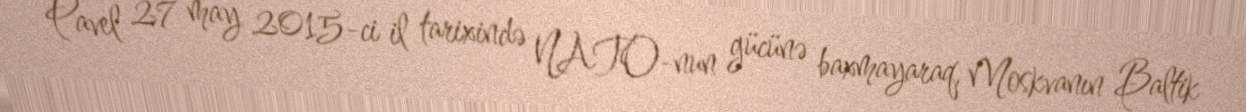
Pavel 27 may 2015-ci il tarixində NATO-nun gücünə baxmayaraq, Moskvanın Baltik